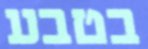
בטבע